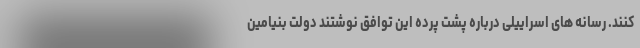
کنند. رسانه های اسراییلی درباره پشت پرده این توافق نوشتند دولت بنیامین